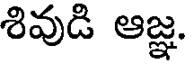
శివుడి ఆజ్ఞ.